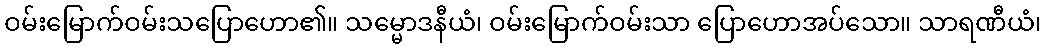
ဝမ်းမြောက်ဝမ်းသပြောဟော၏။ သမ္မောဒနီယံ၊ ဝမ်းမြောက်ဝမ်းသာ ပြောဟောအပ်သော။ သာရဏီယံ၊